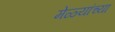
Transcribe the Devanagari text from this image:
मेळ्यांच्या